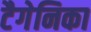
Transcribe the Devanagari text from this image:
टैगेनिका